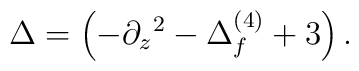
\Delta=\left (-\partial_ z{}^2-\Delta^{(4)}_f+3\right).